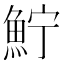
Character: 𩶂